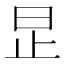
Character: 𪰊